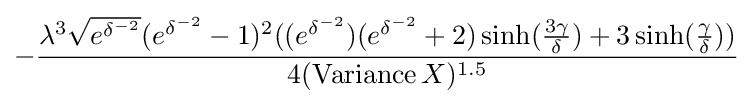
-{\frac {\lambda ^{3}{\sqrt {e^{\delta ^{-2}}}}(e^{\delta ^{-2}}-1)^{2}((e^{\delta ^{-2}})(e^{\delta ^{-2}}+2)\sinh({\frac {3\gamma }{\delta }})+3\sinh({\frac {\gamma }{\delta }}))}{4(\operatorname {Variance} X)^{1.5}}}